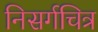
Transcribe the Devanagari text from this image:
निसर्गचित्र